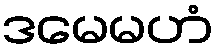
ဒမေမဟံ